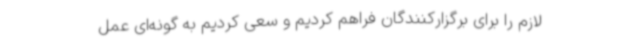
لازم را برای برگزارکنندگان فراهم کردیم و سعی کردیم به گونه‌ای عمل